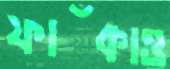
ফাঁকাও